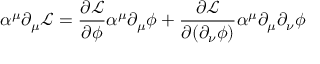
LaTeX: \alpha ^ { \mu } \partial _ { \mu } { \mathcal { L } } = { \frac { \partial { \mathcal { L } } } { \partial \phi } } \alpha ^ { \mu } \partial _ { \mu } \phi + { \frac { \partial { \mathcal { L } } } { \partial ( \partial _ { \nu } \phi ) } } \alpha ^ { \mu } \partial _ { \mu } \partial _ { \nu } \phi